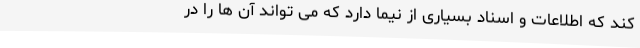
کند که اطلاعات و اسناد بسیاری از نیما دارد که می تواند آن ها را در